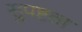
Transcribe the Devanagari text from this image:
सुपष्टता